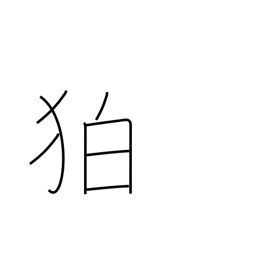
Meaning: archaic part of Korea